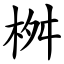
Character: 桝